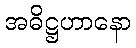
အဓိဋ္ဌဟာနော